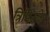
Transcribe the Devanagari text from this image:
त्रिपिटके